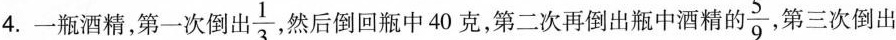
4.一瓶酒精，第一次倒 出 \frac{1}{3} ，然后倒回瓶中40克，第二次再倒出瓶中酒精的 \frac{5}{9} 第三次倒出